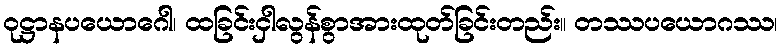
ဝုဋ္ဌာနပယောဂေါ၊ ထခြင်းငှါလွန်စွာအားထုတ်ခြင်းတည်း။ တဿပယောဂဿ၊